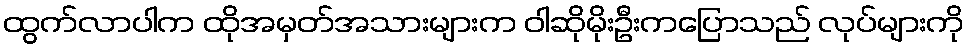
ထွက်လာပါက ထိုအမှတ်အသားများက ဝါဆိုမိုးဦးကပြောသည် လုပ်များကို